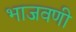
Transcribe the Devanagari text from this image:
भाजवणी